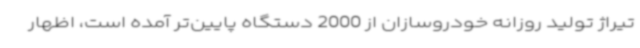
تیراژ تولید روزانه خودروسازان از 2000 دستگاه پایین‌تر آمده است، اظهار